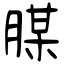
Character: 腜